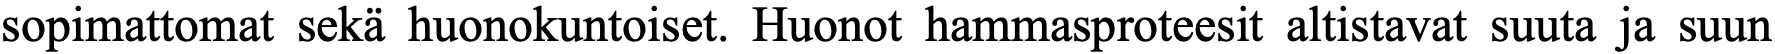
sopimattomat sekä huonokuntoiset. Huonot hammasproteesit altistavat suuta ja suun